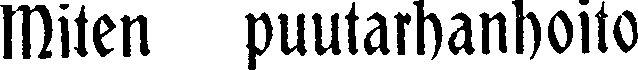
Miten puutarhanhoito